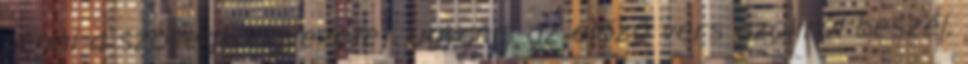
venni a szövegkörnyezetet, ugyanis az előző vers azokról beszél,